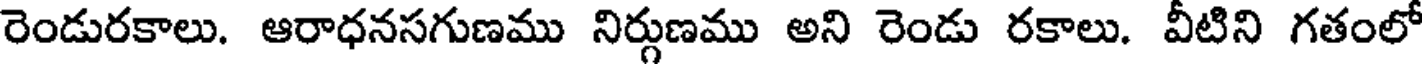
రెండురకాలు. ఆరాధనసగుణము నిర్గుణము అని రెండు రకాలు. వీటిని గతంలో